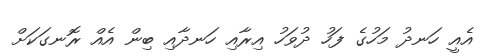
އެއީ ހަނދު މަހުގެ ފަހު ދުވަހު އިރާއި ހަނދާއި ބިން އެއް ރޮނގަކަށް